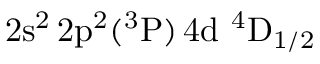
\mathrm { 2 s ^ { 2 } \, 2 p ^ { 2 } ( ^ { 3 } P ) \, 4 d ~ ^ { 4 } D _ { 1 / 2 } }